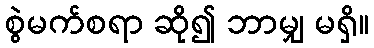
စွဲမက်စရာ ဆို၍ ဘာမျှ မရှိ။